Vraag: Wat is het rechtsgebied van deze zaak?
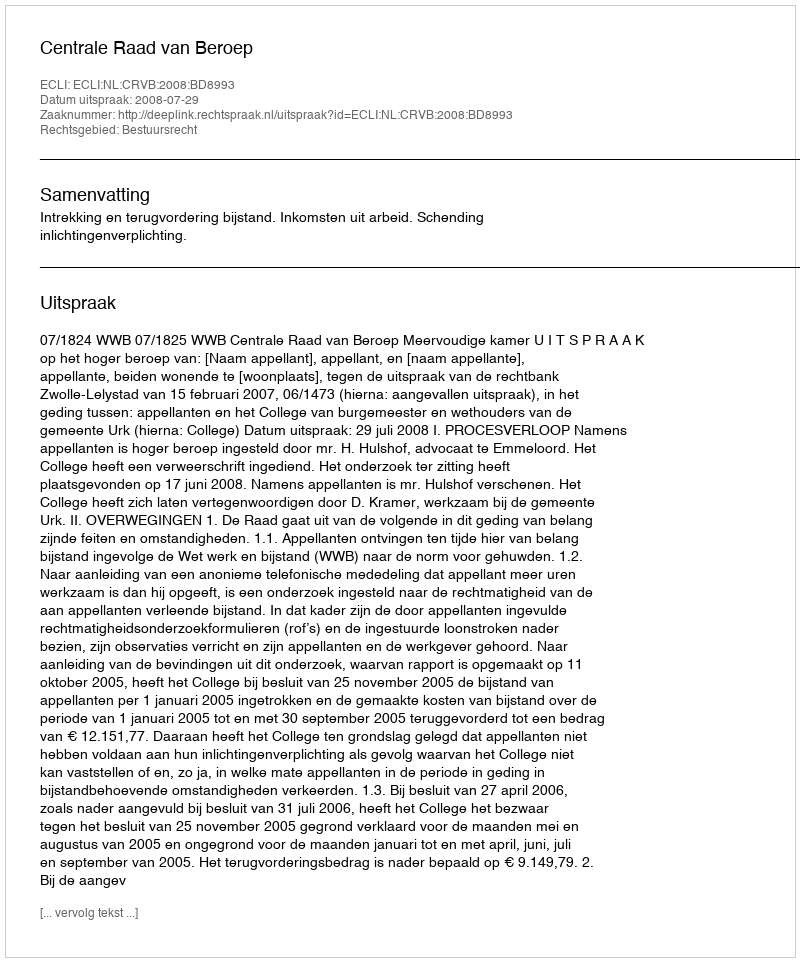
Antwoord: Bestuursrecht